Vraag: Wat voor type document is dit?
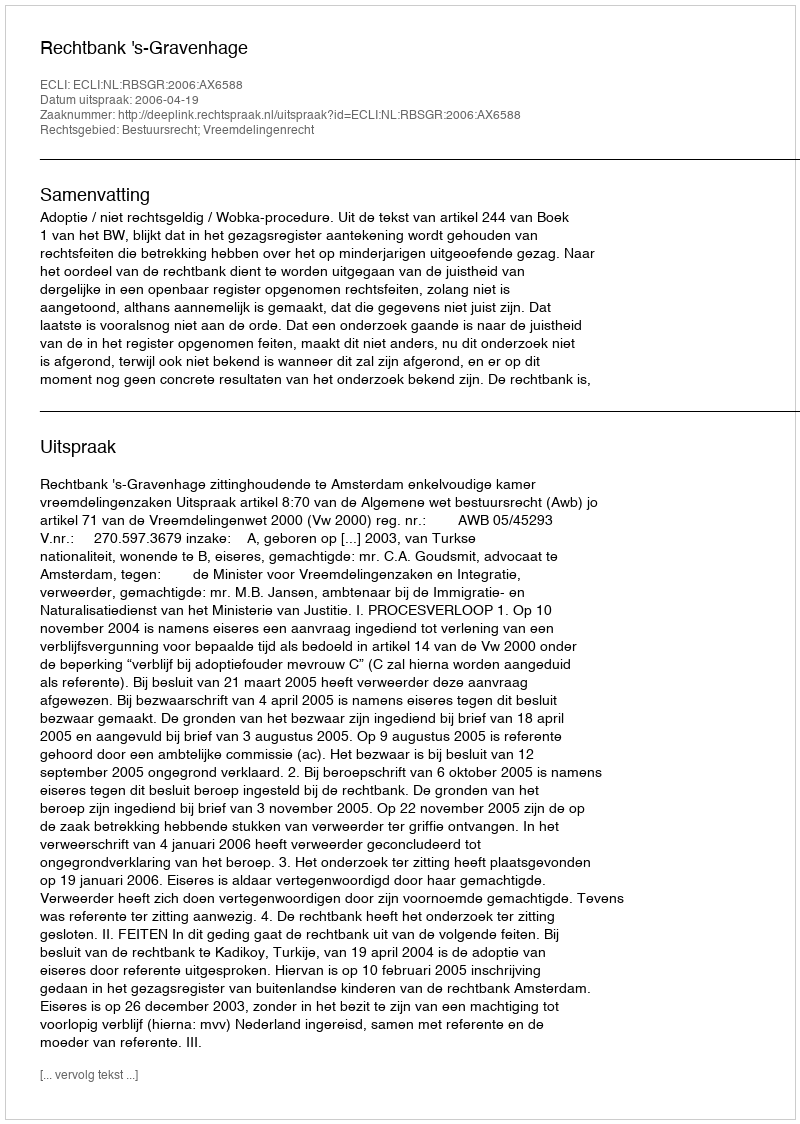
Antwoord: Uitspraak